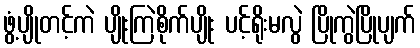
ဖွံ့ပျိုတင့်ကဲ ပျိုးကြဲစိုက်ပျိုး ပင့်ရိုးမလွဲ ပြိုကွဲပြိုပျက်